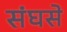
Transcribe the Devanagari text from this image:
संघसे